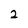
Character: 2